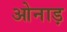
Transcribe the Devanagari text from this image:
ओनाड़